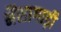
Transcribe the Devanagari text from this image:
भैंसागाड़ी